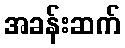
အခန်းဆက်